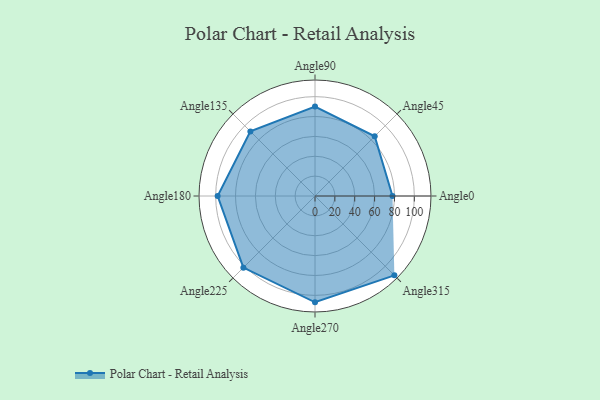
{"axis": {"x": "Angle", "y": "Radius"}, "legend": [""], "data": [{"x": "Angle0", "y": 78.0, "type": ""}, {"x": "Angle45", "y": 85.0, "type": ""}, {"x": "Angle90", "y": 90.0, "type": ""}, {"x": "Angle135", "y": 92.0, "type": ""}, {"x": "Angle180", "y": 98.0, "type": ""}, {"x": "Angle225", "y": 102.0, "type": ""}, {"x": "Angle270", "y": 107.0, "type": ""}, {"x": "Angle315", "y": 113.0, "type": ""}]}